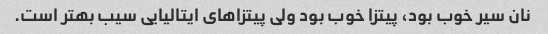
نان سیر خوب بود، پیتزا خوب بود ولی پیتزا‌های ایتالیایی سیب بهتر است.